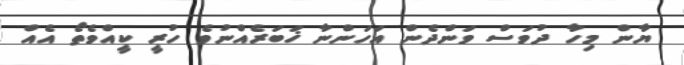
ޔާން މިހާ ދުވަސް ވަންދެން އަހަންނާ ޚަބަރެއްނުވެ ހުރީ ކީއްވެތޯ އެއް